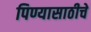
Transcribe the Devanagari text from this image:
पिण्यासाठीचे